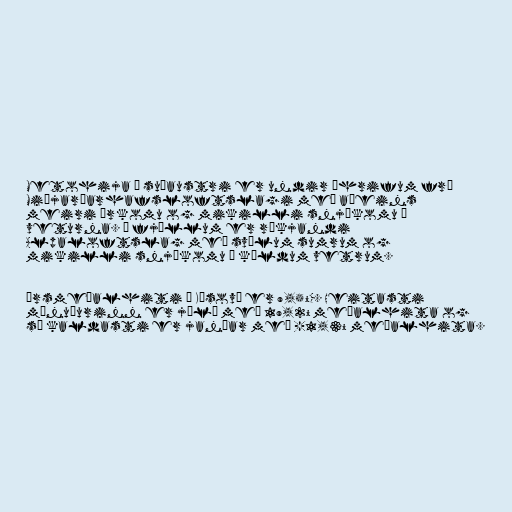
Metohija í suðaustri er undir áhrifum frá
Miðjarðarhafsloftslagi með aðeins
meiri úrkomu og mikilli snjókomu á
veturna. Í fjöllum er ríkjandi
Alpaloftslag með svölum sumrum og
mikilli snjókomu á köldum vetrum.

Ársmeðalhiti í Kósovó er 9,5°C. Heitasti
mánuðurinn er júlí með 19,2° meðalhita og
sá kaldasti er janúar með -1,3° meðalhita.